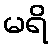
မရိ